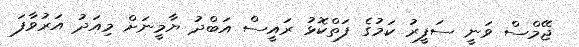
ޖޭމްސް ވަނީ ސަފީރު ކަމުގެ ފަތްކޮޅު ރައީސް އަބްދު ޔާމީނަށް މިއަދު އަރުވާފަ